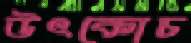
উৎকোচ